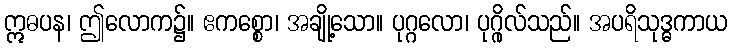
ဣဓပန၊ ဤလောက၌။ ဧကစ္စော၊ အချို့သော။ ပုဂ္ဂလော၊ ပုဂ္ဂိုလ်သည်။ အပရိသုဒ္ဓကာယ